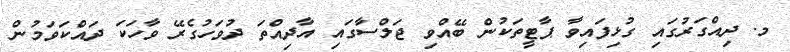
މ. ދިއްގަރުގައި ގުޅިފައިވާ ޕާޓީތަކުން ބޭއްވި ޖަލްސާގައި އާދިއްތަ ދުވަހުގެރޭ ވާހަކަ ދައްކަވަމުން